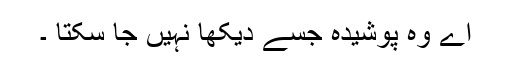
اے وہ پوشیدہ جسے دیکھا نہیں جا سکتا ۔